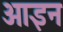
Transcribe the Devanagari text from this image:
ओइन